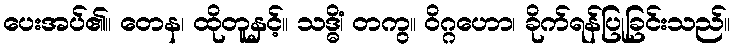
ပေးအပ်၏။ တေန၊ ထိုတူနှင့်။ သဒ္ဓိံ၊ တကွ။ ဝိဂ္ဂဟော၊ ခိုက်ရန်ပြုခြင်းသည်။